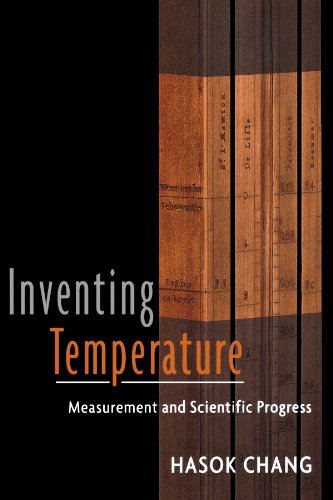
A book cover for Inventing Temperature: Measurement and Scientific Progress (Oxford Studies in the Philosophy of Science); Hasok Chang; Science & Math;